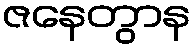
ဇနေတွာန